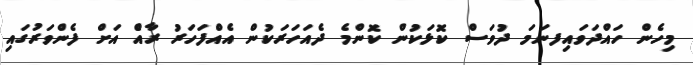
މިހެން ހައްދަވައިފނަމަ ދުވަސް ކޮޅަކުން ކޮންމެ ދެއަހަރަކުން އެއްފަހަރު ރާއްެ އަށް ފެންވަރުގައި